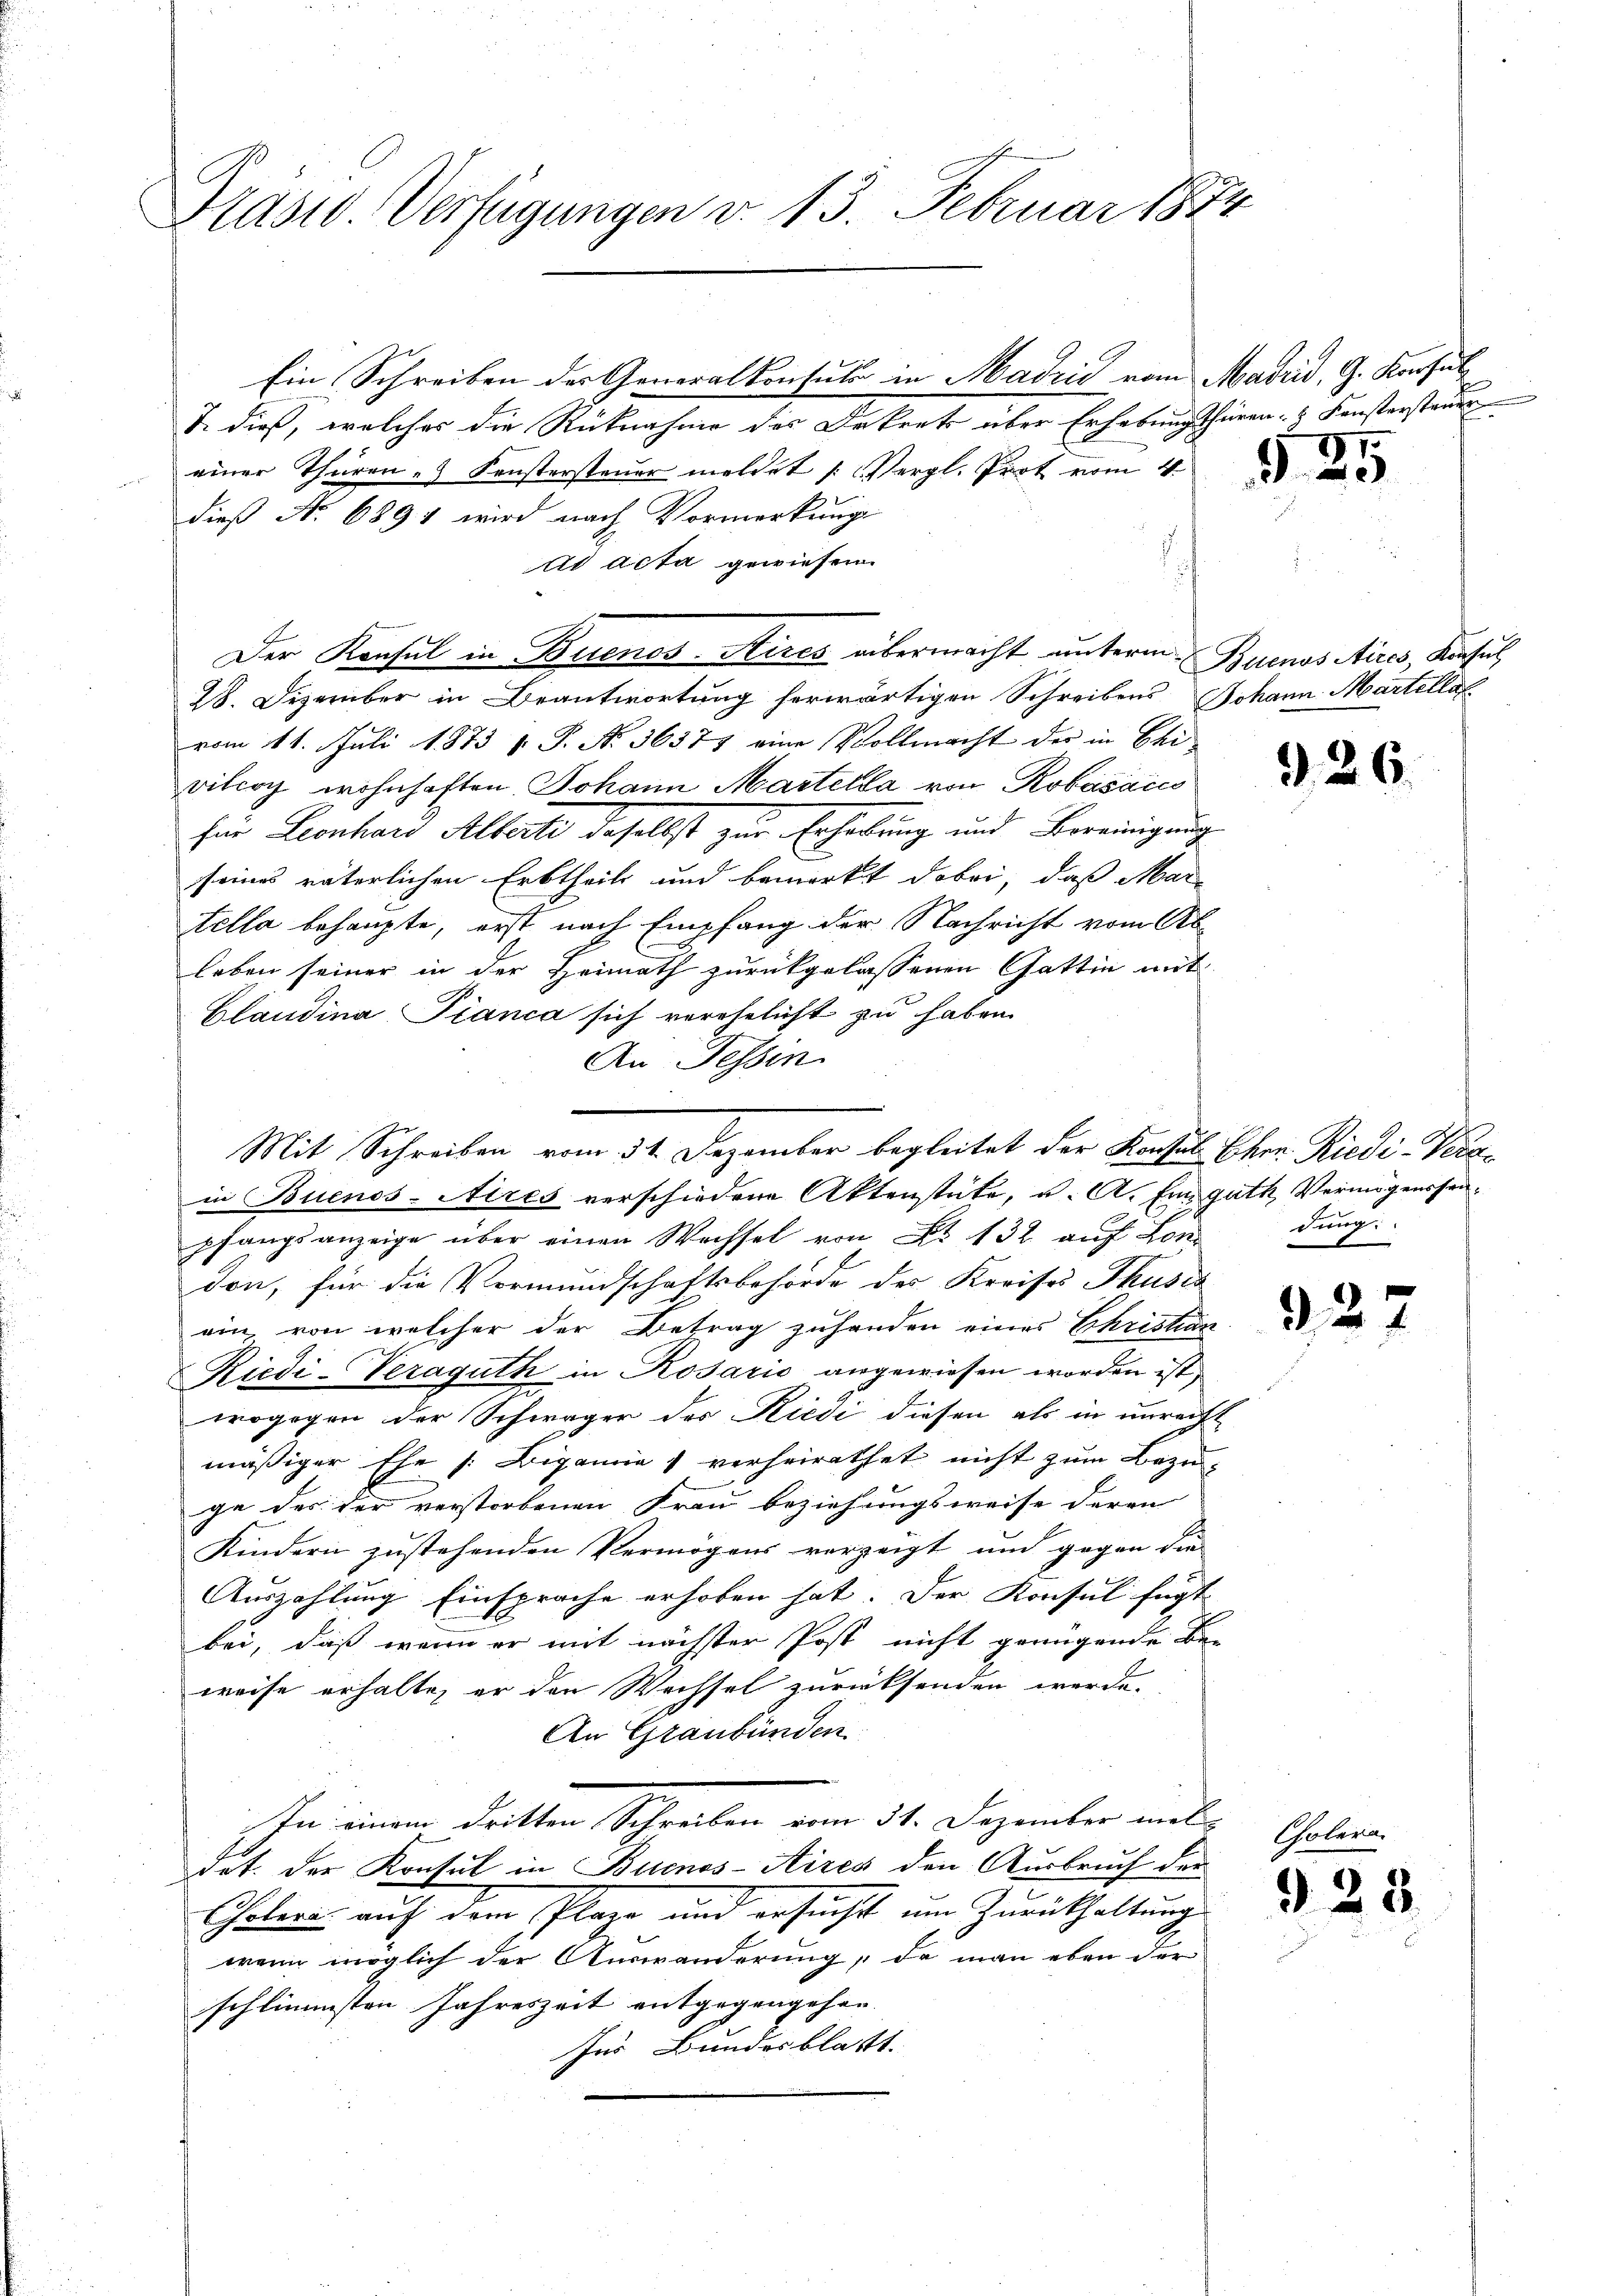
Präsid. Verfügungen v. 13. Februar 1874

Ein Schreiben der Generalkontule in Hadzić vom Madrid, G. Konsul
T. dieß, welches die Rücknahme des Dekrets über Erhebungsthüren- & Fenstersteuer
einer Thüren- & Fenstersteuer meldet /: Vergl. Prot vom 4.
dieß No. 6891 wird nach Vormerkung
At acta gewiesen.
Der Konsul in Buenos-Aires übermacht unterm Buenos Aires, Konsul
28. Dezember in Beantwortung herwärtigen Schreibens Johann Martellat
vom 11. Juli 1873 v. P. No. 36375 eine Vollmacht der in Chivilcoy wohnhaften Johann Martella von Robasaccs
für Leonhard Alberte daselbst zur Erhebung und Bereinigung
seines väterlichen Erbtheils und bemerkt dabei, daß Martella behaupte, erst nach Empfang der Nachricht vom Ab-
leben seiner in der Heimath zurückgelassenen Gattin mit
Claudina Pianca sich verehelicht zu haben.
An Fessen.
in Buenos-Aires verschiedene Aktenstäte, u. A. Ein guth Vermögensseipfangsanzeige über einen Wechsel von No 132 auf Londung.
don, für die Vormundschaftsbehörde des Kreises Thusia
ein, von welcher der Betrag zuhanden eines Schristan
Riedi-Veraguth in Rosario angewiesen worden ist,
wogegen der Schwäger des Riedi diesen als in unrecht
mäßiger Ehe /: Bigamie verheirathet nicht zŭm Bezŭ-
ge des der verstorbenen Frau beziehungsweise deren
Kindern zustehenden Vermögens verzeigt und gegen die
Auszahlung Einsprache erhoben hat. Der Konsul fügt
bei, daß wenn er mit nächster Post nicht genügende Be-
weise erhalte, er den Wechsel zurücksenden werde.
An Graubünden
In einem dritten Schreiben am 31. Dezember mit
dot. Der Konsul in Buenos-Aires den Ausbruch der
Cholere auf dem Plage und ersucht um Zurückhaltung
wenn möglich der Auswanderung, de man eben der
schlimmsten Jahreszeit entgegengehen.
Zur Bundesblatt.

Mit Schreiben vom 31. Dezember begleitet der Konsul Ehren Riedi- Verz¬

§25

326.

927

Col

2

8